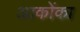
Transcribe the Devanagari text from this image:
आकोंका